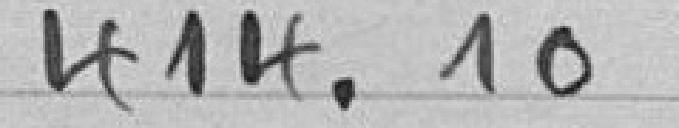
414,10